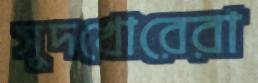
সুদখোরেরা